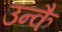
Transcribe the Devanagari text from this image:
उन्कै